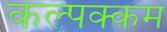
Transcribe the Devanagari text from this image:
कल्पक्कम